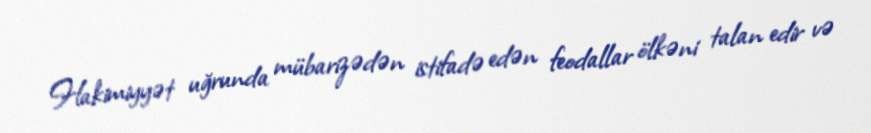
Hakimiyyət uğrunda mübarizədən istifadə edən feodallar ölkəni talan edir və